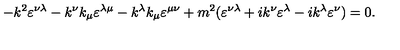
- k ^ { 2 } \varepsilon ^ { \nu \lambda } - k ^ { \nu } k _ { \mu } \varepsilon ^ { \lambda \mu } - k ^ { \lambda } k _ { \mu } \varepsilon ^ { \mu \nu } + m ^ { 2 } ( \varepsilon ^ { \nu \lambda } + i k ^ { \nu } \varepsilon ^ { \lambda } - i k ^ { \lambda } \varepsilon ^ { \nu } ) = 0 .